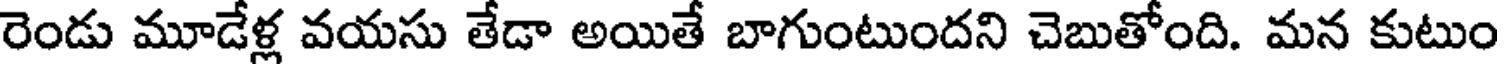
రెండు మూడేళ్ల వయసు తేడా అయితే బాగుంటుందని చెబుతోంది. మన కుటుం